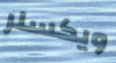
ويكسلر